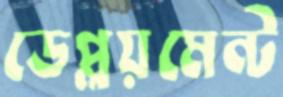
ডেপ্লয়মেন্ট